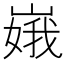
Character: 𫶏